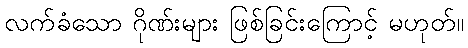
လက်ခံသော ဂိုဏ်းများ ဖြစ်ခြင်းကြောင့် မဟုတ်။